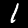
Digit: 1